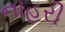
નાહરી